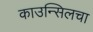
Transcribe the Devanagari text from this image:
काउन्सिलचा